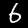
Digit: 6